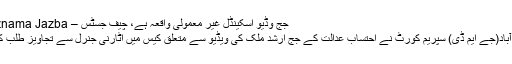
جج وڈیو اسکینڈل غیر معمولی واقعہ ہے، چیف جسٹس – Roznama Jazba
اسلام آباد(جے ایم ڈی) سپریم کورٹ نے احتساب عدالت کے جج ارشد ملک کی ویڈیو سے متعلق کیس میں اٹارنی جنرل سے تجاویز طلب کرلیں۔